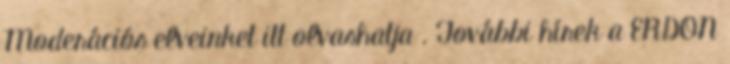
Moderációs elveinket itt olvashatja . További hírek a ERDON